Annual report of the Bengal Veterinary College and of the Civil Veterinary Department, Bengal, for the year 1918-19 - 1918-1919
Year: 1918
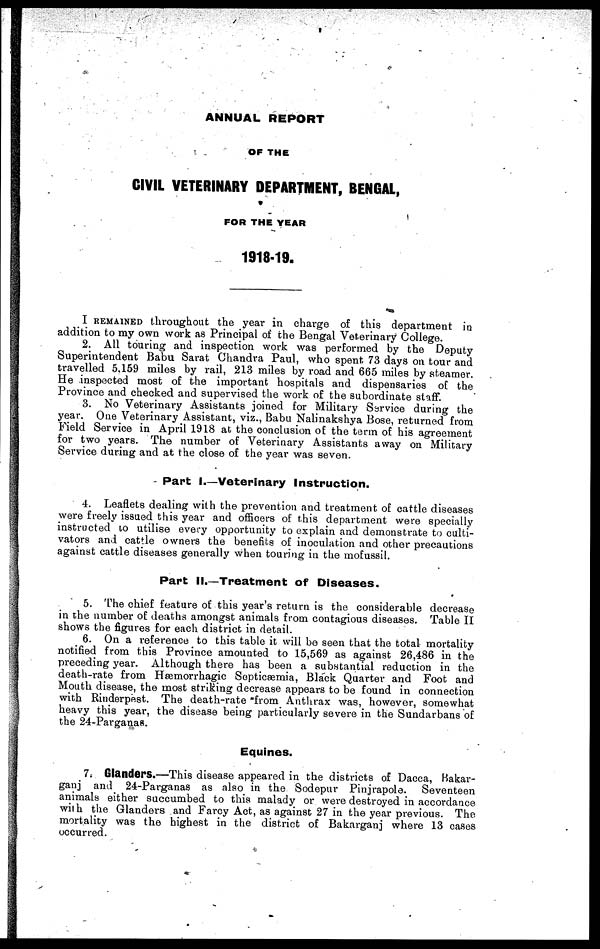
ANNUAL REPORT
OF THE
CIVIL VETERINARY DEPARTMENT, BENGAL,
FOR THE YEAR
1918-19.
I REMAINED throughout the year in charge of this department in
addition to my own work as Principal of the Bengal Veterinary College.
2. All touring and inspection work was performed by the Deputy
Superintendent Babu Sarat Chandra Paul, who spent 73 days on tour and
travelled 5,159 miles by rail, 213 miles by road and 665 miles by steamer.
He inspected most of the important hospitals and dispensaries of the
Province and checked and supervised the work of the subordinate staff.
3. No Veterinary Assistants joined for Military Service during the
year. One Veterinary Assistant, viz., Babu Nalinakshya Bose, returned from
Field Service in April 1918 at the conclusion of the term of his agreement
for two years. The number of Veterinary Assistants away on Military
Service during and at the close of the year was seven.
Part I.—Veterinary Instruction.
4. Leaflets dealing with the prevention and treatment of cattle diseases
were freely issued this year and officers of this department were specially
instructed to utilise every opportunity to explain and demonstrate to culti-
vators and cattle owners the benefits of inoculation and other precautions
against cattle diseases generally when touring in the mofussil.
Part II.—Treatment of Diseases.
5. The chief feature of this year's return is the considerable decrease
in the number of deaths amongst animals from contagious diseases. Table IE
shows the figures for each district in detail.
6. On a reference to this table it will be seen that the total mortality
notified from this Province amounted to 15,569 as against 26,486 in the
preceding year. Although there has been a substantial reduction in the
death-rate from Hæmorrhagic Septicæmia, Black Quarter and Foot and
Mouth disease, the most striking decrease appears to be found in connection
with Rinderpest. The death-rate from Anthrax was, however, somewhat
heavy this year, the disease being particularly severe in the Sundarbans of
the 24-Parganas.
Equines.
7. Glanders.—This disease appeared in the districts of Dacca, Bakar-
ganj and 24-Parganas as also in the Sodepur Pinjrapole. Seventeen
animals either succumbed to this malady or were destroyed in accordance
with the Glanders and Farcy Act, as against 27 in the year previous. The
mortality was the highest in the district of Bakarganj where 13 cases
occurred.